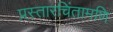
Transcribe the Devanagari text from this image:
प्रस्तारचिंतामणि